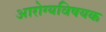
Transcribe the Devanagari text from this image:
अारोग्यविषयक